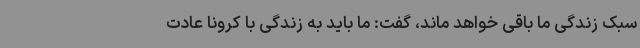
سبک زندگی ما باقی خواهد ماند، گفت: ما باید به زندگی با کرونا عادت